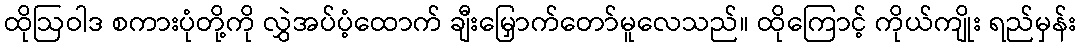
ထိုဩဝါဒ စကားပုံတို့ကို လွှဲအပ်ပံ့ထောက် ချီးမြှောက်တော်မူလေသည်။ ထိုကြောင့် ကိုယ်ကျိုး ရည်မှန်း